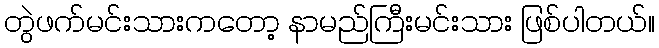
တွဲဖက်မင်းသားကတော့ နာမည်ကြီးမင်းသား ဖြစ်ပါတယ်။